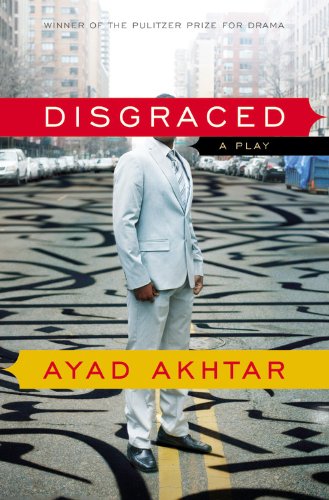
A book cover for Disgraced: A Play; Ayad Akhtar; Literature & Fiction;